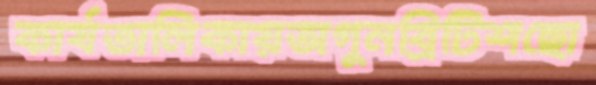
কার্যতালিকায়অগুনব্রিটিশছো